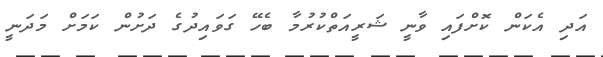
އަދި އެކަން ކޮށްފައި ވާނީ ޝަރީއަތްކުރުމާ ބެހޭ ގަވައިދުގެ ދަށުން ކަމަށް މަދަނީ